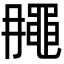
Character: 𪓘